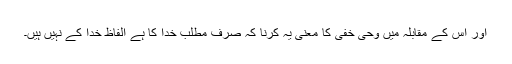
اور اس کے مقابلہ میں وحی خفی کا معنی یہ کرنا کہ صرف مطلب خدا کا ہے الفاظ خدا کے نہیں ہیں۔